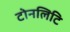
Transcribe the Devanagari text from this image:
टोनलिटि